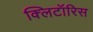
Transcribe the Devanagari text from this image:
क्लिटॉरिस